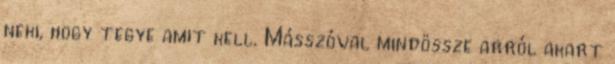
neki, hogy tegye amit kell. Másszóval mindössze arról akart